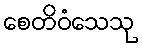
စေတိဝံသေသု